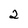
Character: 2